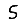
Digit: 5